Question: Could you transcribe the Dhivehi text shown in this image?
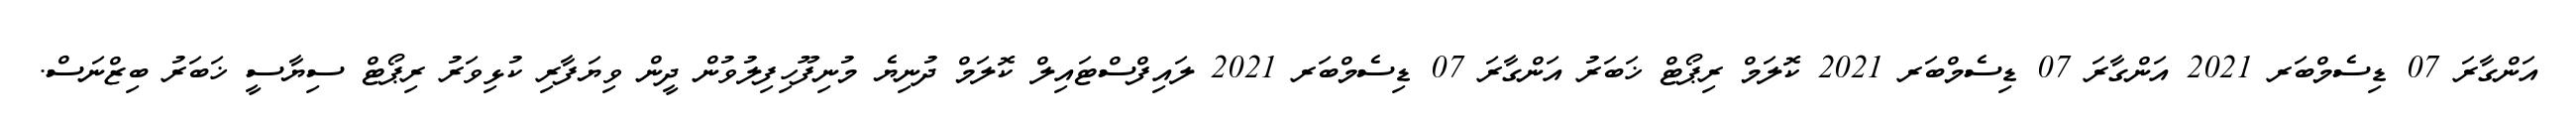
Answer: އަންގާރަ 07 ޑިސެމްބަރ 2021 އަންގާރަ 07 ޑިސެމްބަރ 2021 ކޮލަމް ރިޕޯޓް ޚަބަރު އަންގާރަ 07 ޑިސެމްބަރ 2021 ލައިފްސްޓައިލް ކޮލަމް ދުނިޔެ މުނިފޫހިފިލުވުން ދީން ވިޔަފާރި ކުޅިވަރު ރިޕޯޓް ސިޔާސީ ޚަބަރު ބިޒްނަސް.